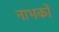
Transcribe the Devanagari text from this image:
नाभकों